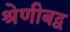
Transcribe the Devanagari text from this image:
श्रेणीबद्व